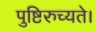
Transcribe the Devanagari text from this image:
पुष्टिरुच्यते।